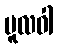
မူလဝါ